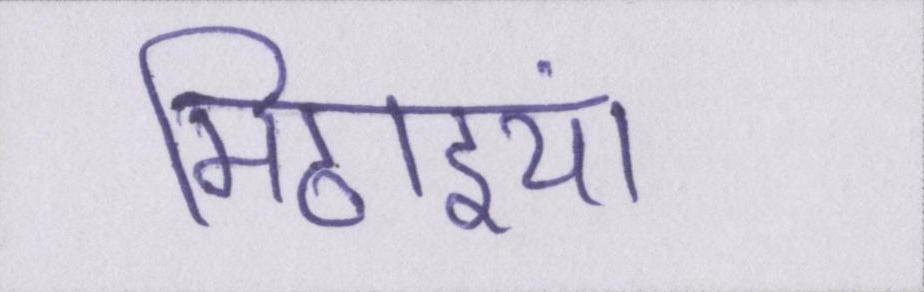
मिठाइयां